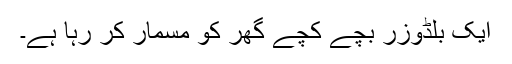
ایک بلڈوزر بچے کچے گھر کو مسمار کر رہا ہے۔